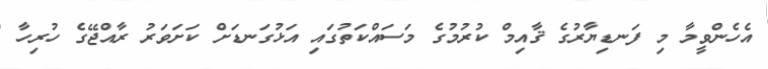
އެހެންވީމާ މި ފަނޑިޔާރުގެ ޤާއިމް ކުރުމުގެ މަސައްކަތުގައި އަޅުގަނޑަށް ކަށަވަރު ރާއްޖޭގެ ހުރިހާ